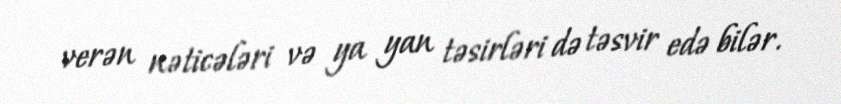
verən nəticələri və ya yan təsirləri də təsvir edə bilər.